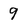
Character: 9